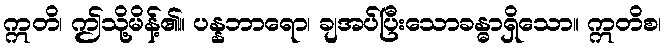
ဣတိ၊ ဤသို့မိန့်၏။ ပန္နဘာရော၊ ချအပ်ပြီးသောခန္ဓာရှိသော။ ဣတိစ၊